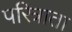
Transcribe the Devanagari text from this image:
परित्राता